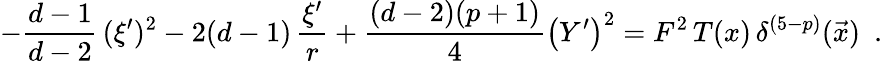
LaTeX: -\frac{d-1}{d-2}\, (\xi^{\prime})^{2}-2(d-1)\, \frac{\xi^{\prime}}{r}+\frac{(d-2)(p+1)}{4}\left(Y^{\prime}\right)^{2}=F^{2}\, T(x)\, \delta^{(5-p)}(\vec{x})~~.